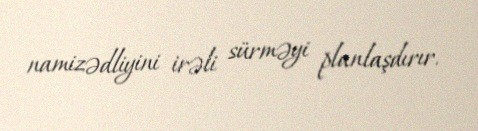
namizədliyini irəli sürməyi planlaşdırır.